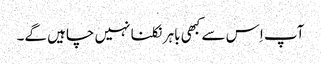
آپ اِس سے کبھی باہر نکلنا نہیں چاہیں گے۔